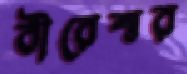
বীরেশ্বর